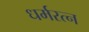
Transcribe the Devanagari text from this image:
धर्मरत्न